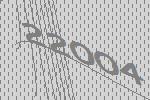
22004